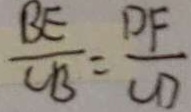
\frac { B E } { C B } = \frac { D F } { C D }